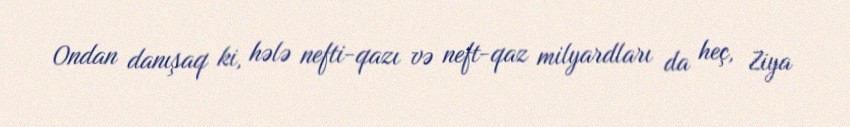
Ondan danışaq ki, hələ nefti-qazı və neft-qaz milyardları da heç, Ziya